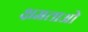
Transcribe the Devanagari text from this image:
क्षमताओ